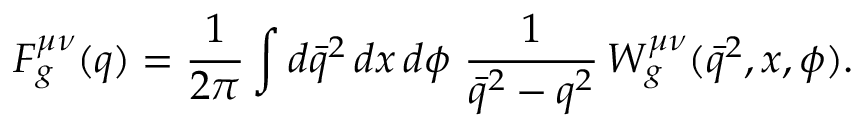
F _ { g } ^ { \mu \nu } ( q ) = { \frac { 1 } { 2 \pi } } \int d \bar { q } ^ { 2 } \, d x \, d \phi \ { \frac { 1 } { \bar { q } ^ { 2 } - q ^ { 2 } } } \, { W } _ { g } ^ { \mu \nu } ( \bar { q } ^ { 2 } , x , \phi ) .